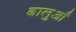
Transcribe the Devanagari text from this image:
ढालुआँ